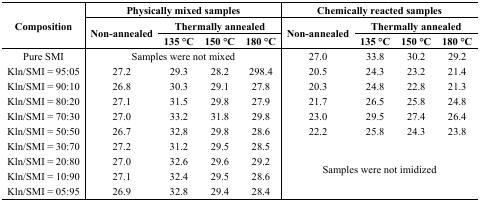
| <ROWSPAN=3> Composition | <COLSPAN=4> Physically mixed samples | <COLSPAN=4> Chemically reacted samples |
 | <ROWSPAN=2> Non-annealed | <COLSPAN=3> Thermally annealed | <ROWSPAN=2> Non-annealed | <COLSPAN=3> Thermally annealed |
 | 135 °C | 150 °C | 180 °C | 135 °C | 150 °C | 180 °C |
 | --- | --- | --- | --- | --- | --- | --- | --- | --- |
 | Pure SMI | <COLSPAN=4> Samples were not mixed | 27.0 | 33.8 | 30.2 | 29.2 |
 | Kln/SMI = 95:05 | 27.2 | 29.3 | 28.2 | 298.4 | 20.5 | 24.3 | 23.2 | 21.4 |
 | Kln/SMI = 90:10 | 26.8 | 30.3 | 29.1 | 27.8 | 20.3 | 24.8 | 22.8 | 21.3 |
 | Kln/SMI = 80:20 | 27.1 | 31.5 | 29.8 | 27.9 | 21.7 | 26.5 | 25.8 | 24.8 |
 | Kln/SMI = 70:30 | 27.0 | 33.2 | 31.8 | 29.8 | 23.0 | 29.5 | 27.4 | 26.4 |
 | Kln/SMI = 50:50 | 26.7 | 32.8 | 29.8 | 28.6 | 22.2 | 25.8 | 24.3 | 23.8 |
 | Kln/SMI = 30:70 | 27.2 | 31.2 | 29.5 | 28.5 | <ROWSPAN=4-COLSPAN=4> Samples were not imidized |
 | Kln/SMI = 20:80 | 27.0 | 32.6 | 29.6 | 29.2 |
 | Kln/SMI = 10:90 | 27.1 | 32.4 | 29.5 | 28.6 |
 | Kln/SMI = 05:95 | 26.9 | 32.8 | 29.4 | 28.4 |